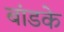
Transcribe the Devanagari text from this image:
बांडके